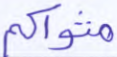
مثواكم